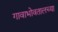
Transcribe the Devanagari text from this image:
गावाभोवतालच्या